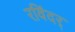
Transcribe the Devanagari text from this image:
रविंदर्